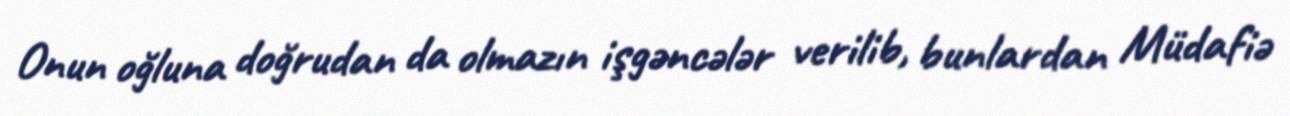
Onun oğluna doğrudan da olmazın işgəncələr verilib, bunlardan Müdafiə